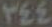
TEE